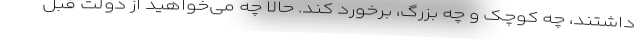
داشتند، چه کوچک و چه بزرگ، برخورد کند. حالا چه می‌خواهید از دولت قبل